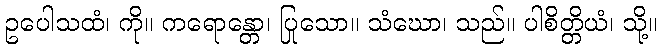
ဥပေါသထံ၊ ကို။ ကရောန္တော၊ ပြုသော။ သံဃော၊ သည်။ ပါစိတ္တိယံ၊ သို့။